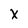
Character: X